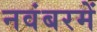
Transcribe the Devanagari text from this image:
नवंबरमें